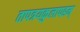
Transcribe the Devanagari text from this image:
तापत्रयकुलापहम्